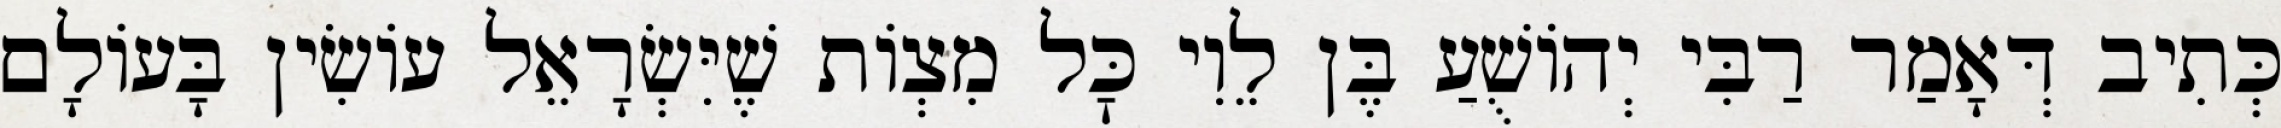
כְּתִיב דְּאָמַר רַבִּי יְהוֹשֻׁעַ בֶּן לֵוִי כׇּל מִצְוֹת שֶׁיִּשְׂרָאֵל עוֹשִׂין בָּעוֹלָם